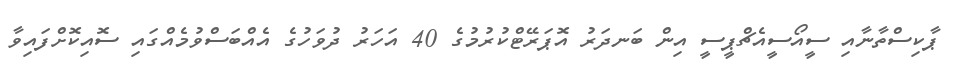
ޕާކިސްތާނާއި ސީއޯސީއެޗްޕީސީ އިން ބަނދަރު އޮޕަރޭޓްކުރުމުގެ 40 އަހަރު ދުވަހުގެ އެއްބަސްވުމެއްގައި ސޮއިކޮށްފައިވާ